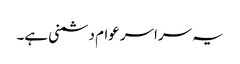
یہ سراسر عوام دشمنی ہے۔